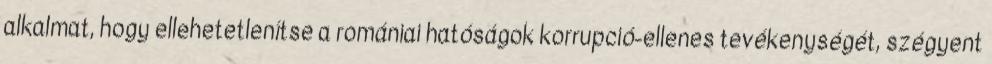
alkalmat, hogy ellehetetlenítse a romániai hatóságok korrupció-ellenes tevékenységét, szégyent